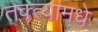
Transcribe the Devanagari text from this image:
तक्त्यामधे